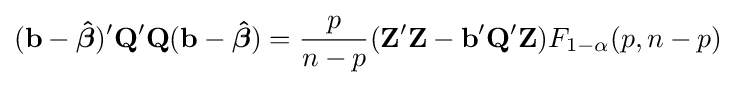
(\mathbf {b} -{\boldsymbol {\hat {\beta }}})^{\prime }\mathbf {Q} ^{\prime }\mathbf {Q} (\mathbf {b} -{\boldsymbol {\hat {\beta }}})={\frac {p}{n-p}}(\mathbf {Z} ^{\prime }\mathbf {Z} -\mathbf {b} ^{\prime }\mathbf {Q} ^{\prime }\mathbf {Z} )F_{1-\alpha }(p,n-p)